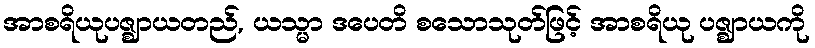
အာစရိယုပဇ္ဈာယတည်, ယသ္မာ ဒပေတိ စသောသုတ်ဖြင့် အာစရိယု ပဇ္ဈာယကို